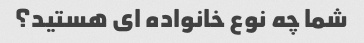
شما چه نوع خانواده ای هستید؟